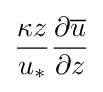
{\dfrac {\kappa z}{u_{*}}}{\dfrac {\partial {\overline {u}}}{\partial z}}